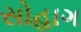
સોહાગ